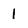
Character: 1